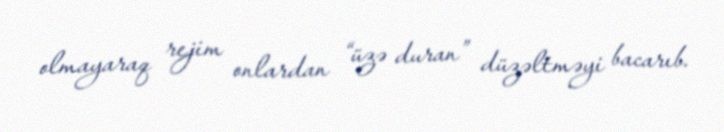
olmayaraq rejim onlardan “üzə duran” düzəltməyi bacarıb.